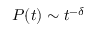
\begin{array} { r } { P ( t ) \sim t ^ { - \delta } } \end{array}